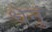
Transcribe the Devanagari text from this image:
धेनुं